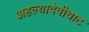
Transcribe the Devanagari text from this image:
अहल्यादेवीघाट